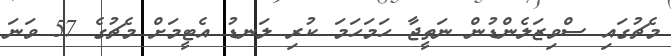
މެޗުގައި ސްވިޒަލެންޑުން ނަތީޖާ ހަމަހަމަ ކުރި ލަނޑު އެޓީމަށް މެޗުގެ 57 ވަނަ